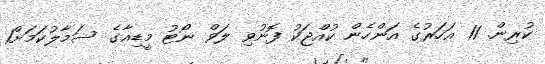
ކުރިން. 11 އަހަރުގެ އަންހެން ކުއްޖަކު ފޮނުވި ލަވް ނޯޓު މީޑިއާގެ ސަމާލުކަމަށް1